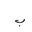
Letter: _ba